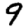
Digit: 9